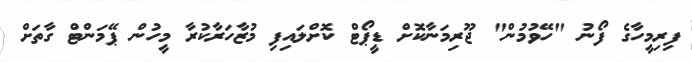
ފިރިމީހާގެ ފޯނު "ހޭވުމުން" ޖޫރިމަނާކޮށް ޑީޕޯޓް ކޮށްލައިފި މުޒާހަރާކުރާ މީހުން ޕޭމަންޓް ގާތަށް